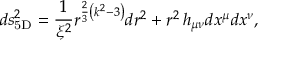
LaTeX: d s _ { \mathrm { 5 D } } ^ { 2 } = { \frac { 1 } { \xi ^ { 2 } } } r ^ { { \frac { 2 } { 3 } } \left( k ^ { 2 } - 3 \right) } d r ^ { 2 } + r ^ { 2 } \, h _ { \mu \nu } d x ^ { \mu } d x ^ { \nu } ,